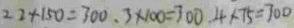
2 2 + 1 5 0 = 3 0 0 . 3 \times 1 0 0 = 3 0 0 . 4 \times 7 5 = 3 0 0